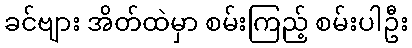
ခင်ဗျား အိတ်ထဲမှာ စမ်းကြည့် စမ်းပါဦး